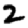
Digit: 2